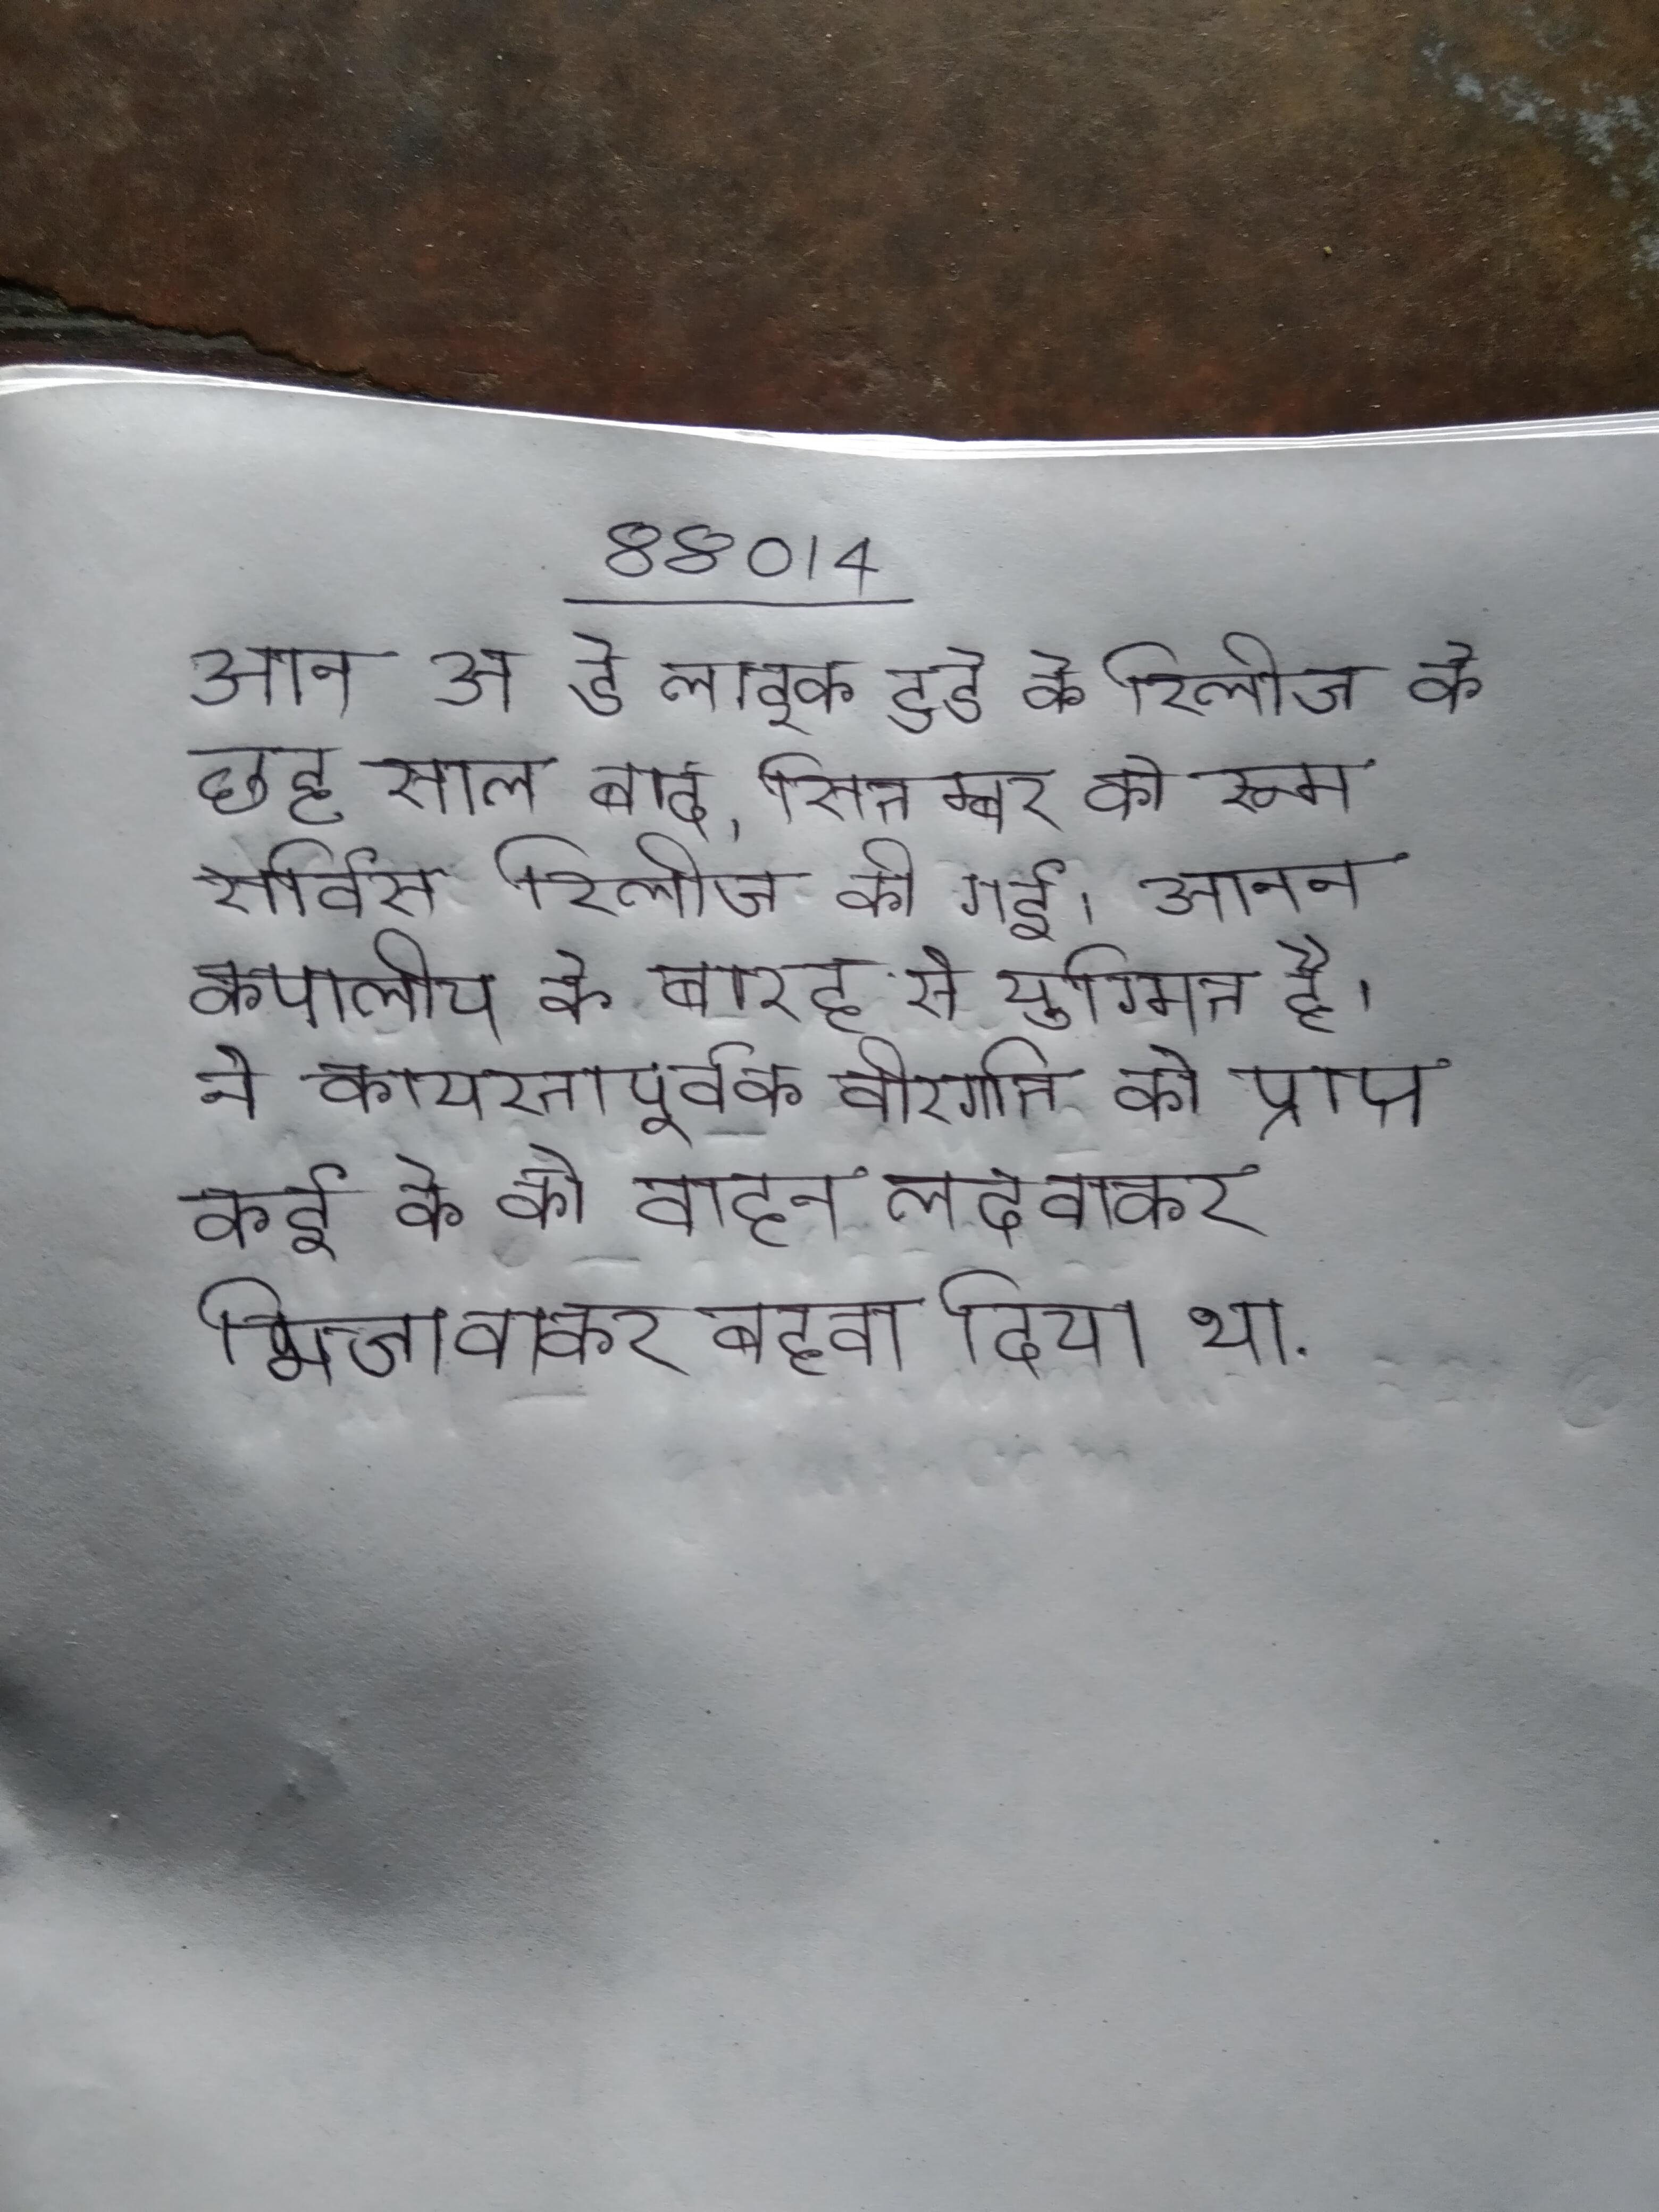
आन अ डे लाइक टुडे के रिलीज के छह साल बाद, सितम्बर को रूम सर्विस रिलीज की गई । आनन कपालीय के बारह से युग्मित है । ने कायरतापूर्वक वीरगति को प्राप्त कई के को वाहन लदवाकर भिजवाकर बहवा दिया था .